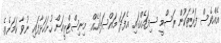
އެއްވެސް ފަރާތަކުން ރަސްމީ ސިފައެއްގައި އެފަދަ މައްސަލައެއް މިނިސްޓްރީއަށް ހުށަހަޅާފައި ނުވާ ކަމަށެވެ.